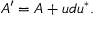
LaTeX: A ^ { \prime } = A + u d u ^ { * } .